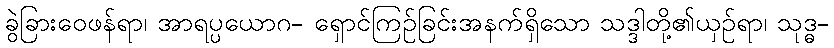
ခွဲခြားဝေဖန်ရာ၊ အာရပ္ပယောဂ- ရှောင်ကြဉ်ခြင်းအနက်ရှိသော သဒ္ဒါတို့၏ယှဉ်ရာ၊ သုဒ္ဓ-